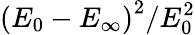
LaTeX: \left(E_{0}-E_{\infty}\right)^{2}/E_{0}^{2}